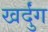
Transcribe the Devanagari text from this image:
खर्दुंग